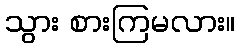
သွား စားကြမလား။